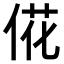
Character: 𫢮